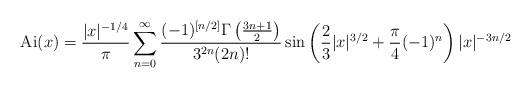
LaTeX: \begin{align*} \mathrm{Ai}(x) = \frac{|x|^{-1/4}}{\pi} \sum\limits_{n=0}^{\infty} \frac{(-1)^{[n/2]} \Gamma\left(\frac{3n+1}{2}\right)}{3^{2n}(2n)!} \sin\left(\frac{2}{3}|x|^{3/2}+\frac{\pi}{4}(-1)^n \right) |x|^{-3n/2} \end{align*}